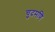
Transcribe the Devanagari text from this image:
चुदमणि